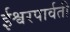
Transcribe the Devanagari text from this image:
ईश्वरपार्वती